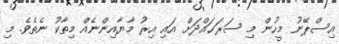
އިސްޕޭނު މީހުން މި ސަރަޙައްދަށް އައި އިރު މާޔާއިންނެއް މިތާކު ނެތެވެ. މި